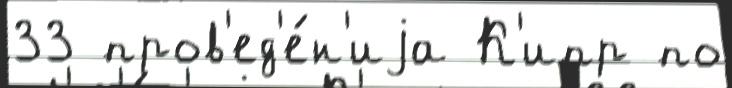
33 пров'ед'е́н'иjа К'ипр по